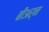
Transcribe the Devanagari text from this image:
बीअर्न